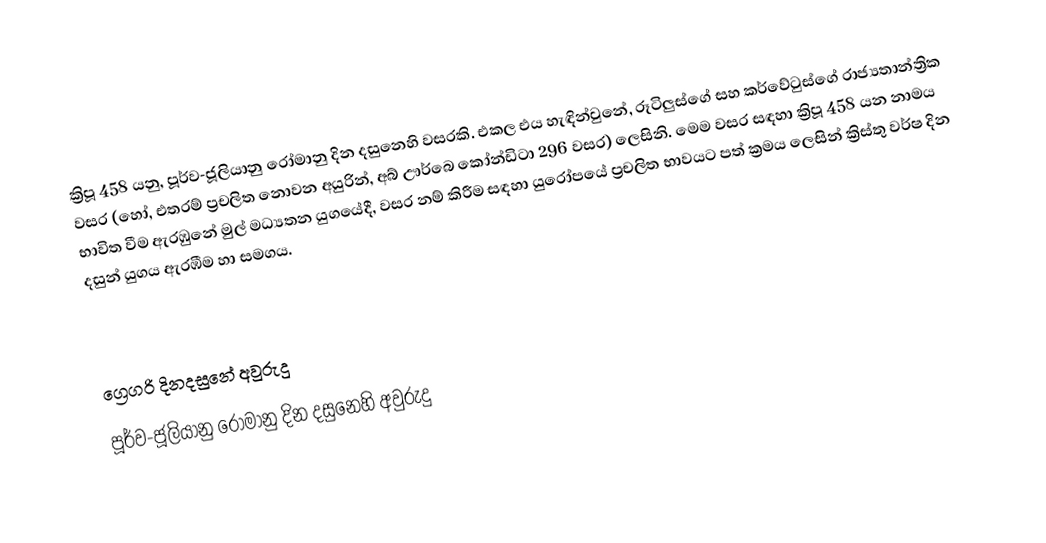

ක්‍රිපූ 458 යනු, පූර්ව-ජූලියානු රෝමානු දින දසුනෙහි වසරකි. එකල එය හැඳින්වුනේ, රූටිලුස්ගේ සහ කර්වේටුස්ගේ රාජ්‍යතාන්ත්‍රික වසර (හෝ, එතරම් ප්‍රචලිත නොවන අයුරින්, අබ් ඌර්බෙ කෝන්ඩිටා 296 වසර) ලෙසිනි. මෙම වසර සඳහා ක්‍රිපූ 458 යන නාමය භාවිත වීම ඇරඹුනේ මුල්  මධ්‍යතන යුගයේදී, වසර නම් කිරීම සඳහා යුරෝපයේ ප්‍රචලිත භාවයට පත් ක්‍රමය ලෙසින් ක්‍රිස්තු වර්ෂ දින දසුන් යුගය ඇරඹීම හා සමගය.

ග්‍රෙගරි දිනදසුනේ අවුරුදු
පූර්ව-ජූලියානු රෝමානු දින දසුනෙහි අවුරුදු